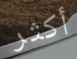
أكثر